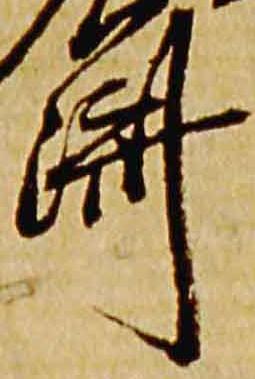
済